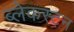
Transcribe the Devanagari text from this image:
ब्लेकस्टन